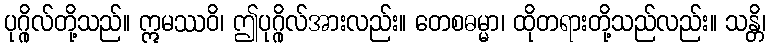
ပုဂ္ဂိုလ်တို့သည်။ ဣမဿဝိ၊ ဤပုဂ္ဂိုလ်အားလည်း။ တေစဓမ္မာ၊ ထိုတရားတို့သည်လည်း။ သန္တိ၊